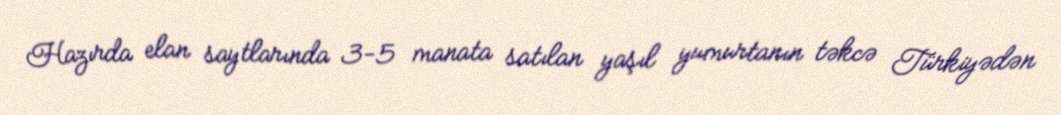
Hazırda elan saytlarında 3-5 manata satılan yaşıl yumurtanın təkcə Türkiyədən